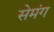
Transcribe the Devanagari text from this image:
सेमंग